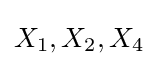
X_{1},X_{2},X_{4}